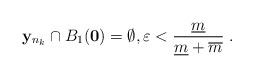
LaTeX: \begin{align*}\mathbf{y}_{n_k} \cap B_1(\mathbf{0}) = \emptyset, \varepsilon < \frac{\underline{m}}{\underline{m} + \overline{m}} \; .\end{align*}